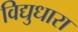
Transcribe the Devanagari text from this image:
विद्युधारा